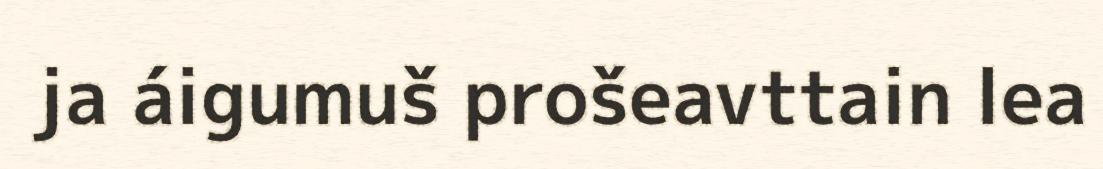
ja áigumuš prošeavttain lea